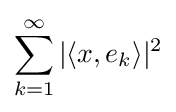
\sum _{k=1}^{\infty }|\langle x,e_{k}\rangle |^{2}